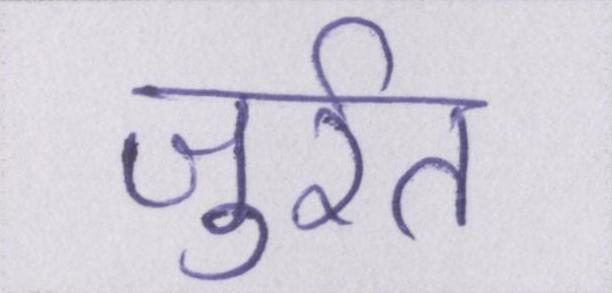
जुर्रत